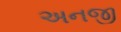
અનજી